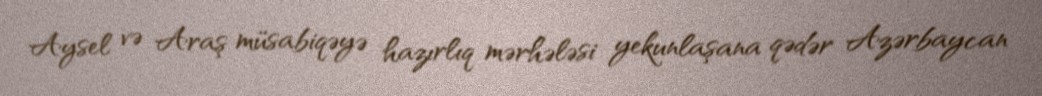
Aysel və Araş müsabiqəyə hazırlıq mərhələsi yekunlaşana qədər Azərbaycan